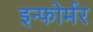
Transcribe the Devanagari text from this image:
इन्फोर्मर